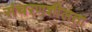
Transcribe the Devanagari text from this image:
संचरणशीलता